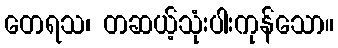
တေရသ၊ တဆယ့်သုံးပါးကုန်သော။